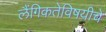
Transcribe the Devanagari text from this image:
लैंगिकतेविषयीचे